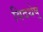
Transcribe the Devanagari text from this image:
विदथेषु